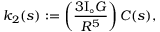
k _ { 2 } ( s ) : = \left( \frac { 3 \mathrm { I } _ { \circ } G } { R ^ { 5 } } \right) C ( s ) ,